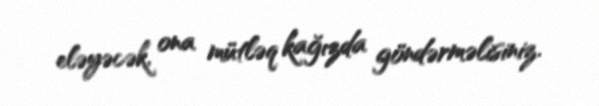
eləyəcək, ona mütləq kağızda göndərməlisiniz.